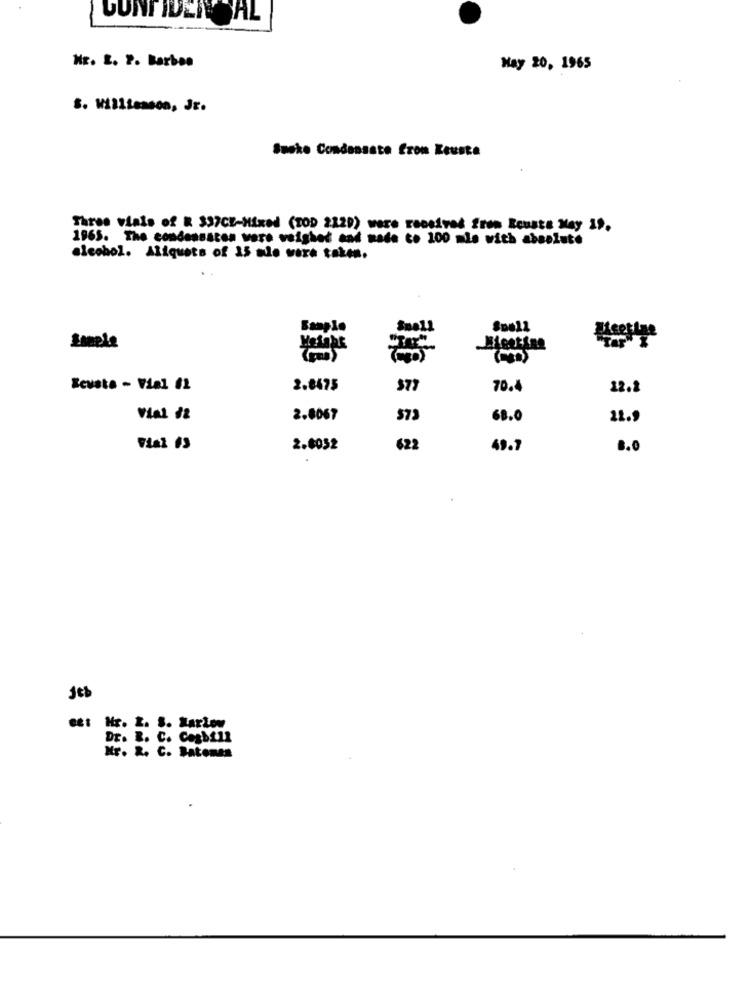
GUNTIDENESAL
HE. 2. 2. Barben
May 20, 1965
S. Williamson, Jr.
Suske Condansste Cron Keuste
Three vials of R 337CE-Mixed (TOD 2129) were received from Rouste May 19.
1965. The condensaten were weighed and made to 200 mle with absolute
alcohol. Aliquets of 15 mle were taken.
Kevsta - Vial /2
2.8475
377
70.4
12.2
Vial 32
2.8067
$73
68.0
11.9
2.8052
622
49.7
8.0
eet Hr. 2. S. Marion
Dr. B. C. Casbill
Mr. R. C. Batones